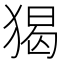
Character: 猲